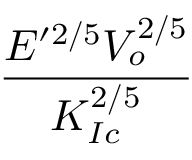
\frac { E ^ { \prime 2 / 5 } V _ { o } ^ { 2 / 5 } } { K _ { I c } ^ { 2 / 5 } }